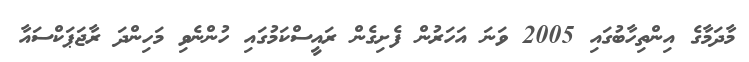
މާދަމާގެ އިންތިހާބުގައި 2005 ވަނަ އަހަރުން ފެށިގެން ރައީސްކަމުގައި ހުންނެވި މަހިންދަ ރާޖަަޕަކްސައާ